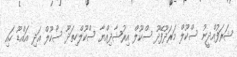
ޝަރަފުއްދީނު ސްކޫލް މަރަދޫފޭދޫ ސްކޫލް އިރުޝާދިއްޔާ ސްކޫލްހިތަދޫ ސްކޫލް އަދި އައްޑޫ ހައި